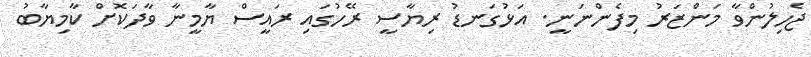
ޖެހިލުންވާ މަންޒަރު މިފެންނަނީ. އަޅުގަނޑު ރިޔާސީ ރޭހުގައި ރައީސް ޔާމީނާ ވާދަކޮށް ކާމިޔާބު